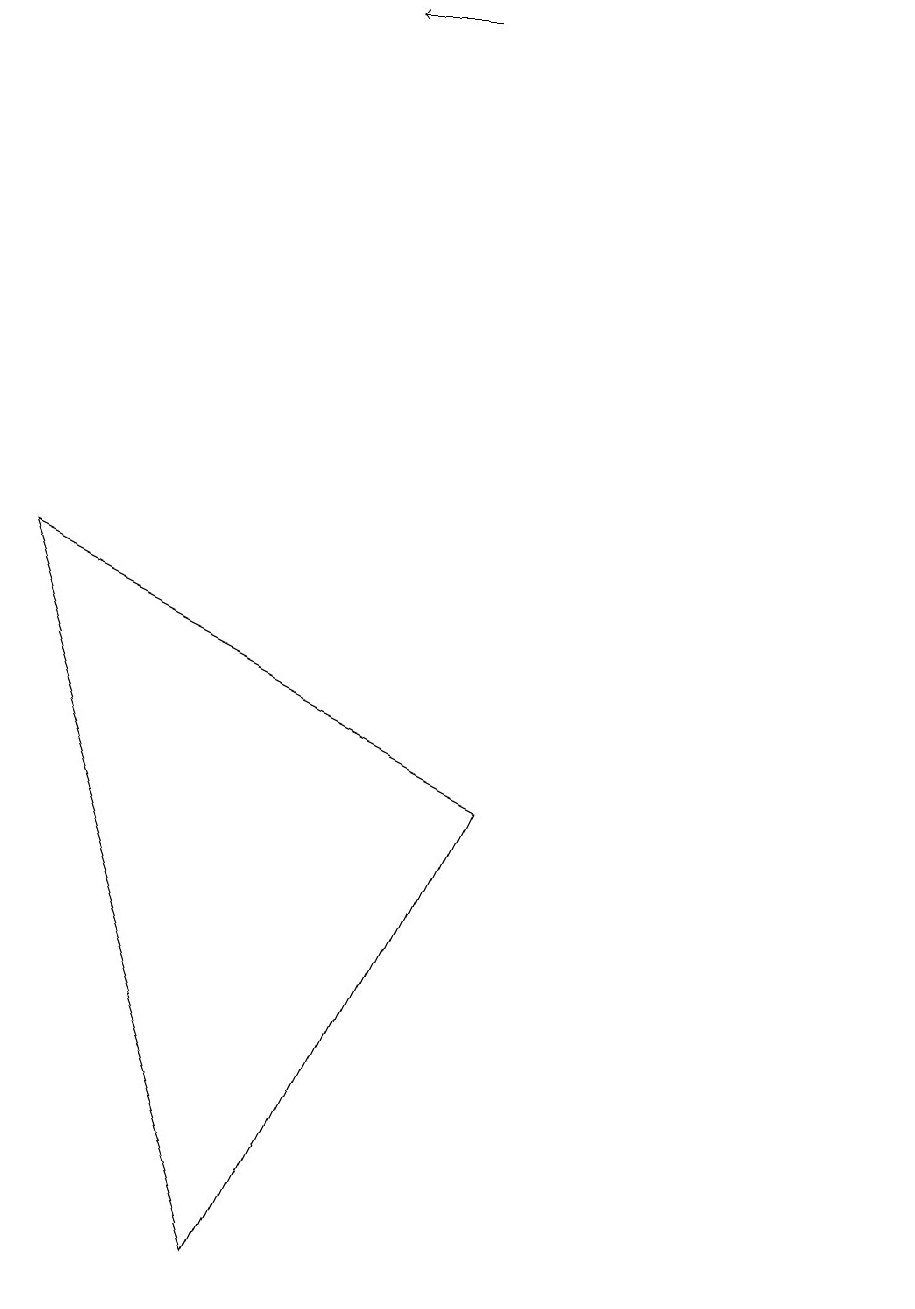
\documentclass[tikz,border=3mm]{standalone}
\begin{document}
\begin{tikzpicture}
\draw (12,11) circle (0);
\draw (1,9) -- (7,6) -- (4,0) -- cycle;
\draw[->] (6,16) -- (5,16);
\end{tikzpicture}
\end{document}